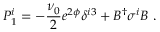
{ \cal P } _ { 1 } ^ { i } = - \frac { \nu _ { 0 } } { 2 } e ^ { 2 \phi } \delta ^ { i 3 } + B ^ { \dagger } \sigma ^ { i } B \ .